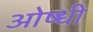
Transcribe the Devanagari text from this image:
ओष्धी